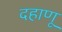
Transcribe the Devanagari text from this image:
दहाणू